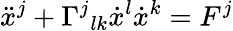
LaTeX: {\ddot{x}}^{j}+\Gamma^{j}{}_{lk}{\dot{x}}^{l}{\dot{x}}^{k}=F^{j}